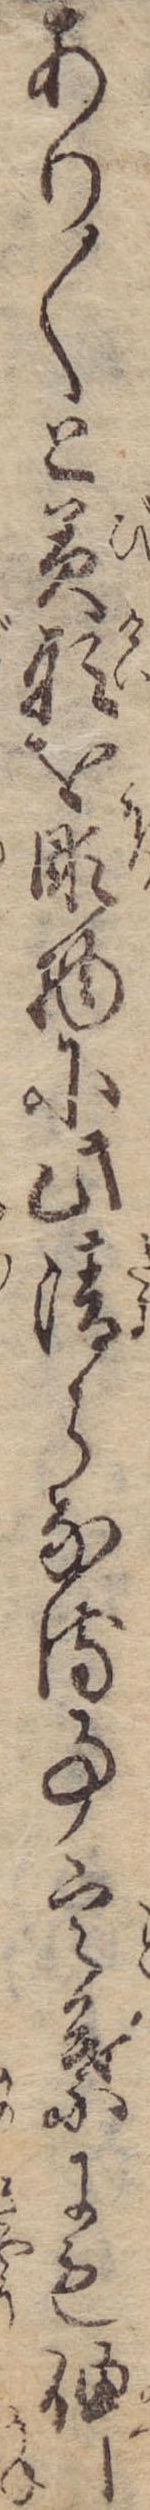
あり〱と美形を彫物に此清らなる事言葉にも伸